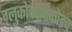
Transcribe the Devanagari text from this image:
ग्लुकोकोर्तिकोइद